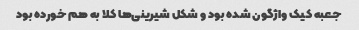
جعبه کیک واژگون شده بود و شکل شیرینی‌ها کلا به هم خورده بود